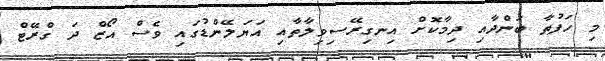
މި ހަފުތާ ބަންދާއި ދިމާކޮށް އިނގިރޭސިވިލާތާއި އަޔަލޭންޑުގައި ވެސް އޯޒް ދަ ގްރޭޓް